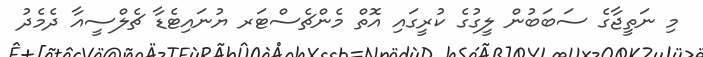
މި ނަތީޖާގެ ސަބަބުން ލީގުގެ ކުރީގައި އޮތް މެންޗެސްޓަރ ޔުނައިޓެޑާ ޗެލްސީއާ ދެމެދު